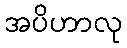
အပိဟာလု